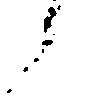
候